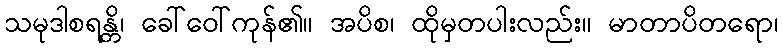
သမုဒါစရန္တိ၊ ခေါ်ဝေါ်ကုန်၏။ အပိစ၊ ထိုမှတပါးလည်း။ မာတာပိတရော၊